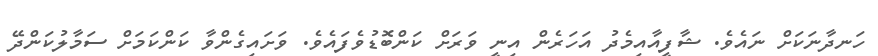
ހަނދާނަކަށް ނައެވެ. ޝާފީއާއިމެދު އަހަރެން އިނީ ވަރަށް ކަންބޮޑުވެފައެވެ. ވަށައިގެންވާ ކަންކަމަށް ސަމާލުކަންދޭ